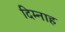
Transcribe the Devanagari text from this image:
दिम्नाह